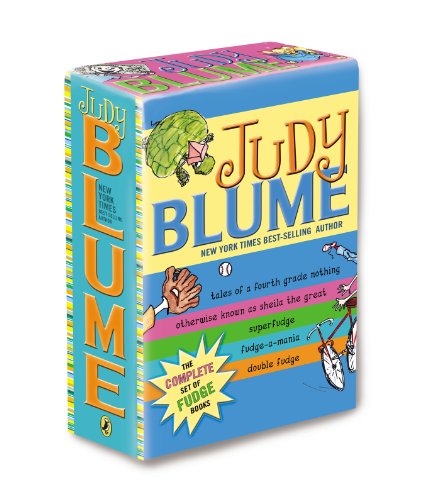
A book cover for Judy Blume's Fudge Box Set; Judy Blume; Teen & Young Adult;